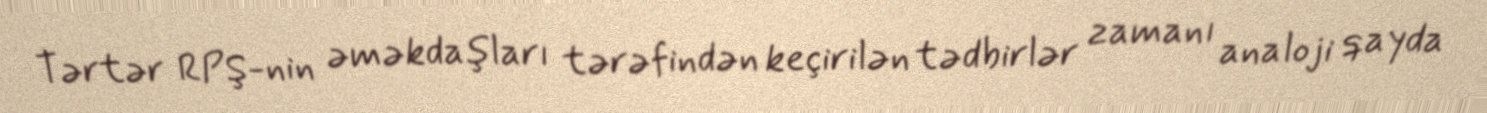
Tərtər RPŞ-nin əməkdaşları tərəfindən keçirilən tədbirlər zamanı analoji qayda